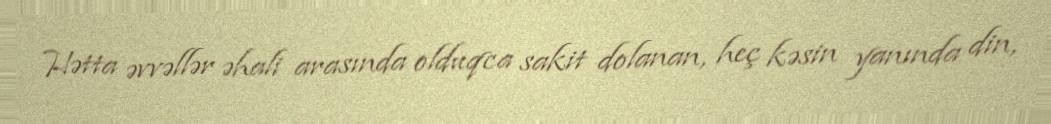
Hətta əvvəllər əhali arasında olduqca sakit dolanan, heç kəsin yanında din,